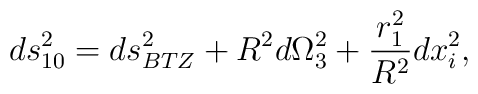
ds_{10}^2 = ds_{BTZ}^2 + R^2 d\Omega_3^2 + {r_1^2 \over R^2} dx_i^2,